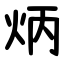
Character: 炳